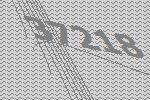
37218